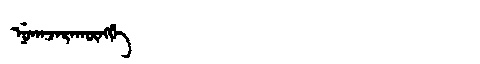
Manchu: ᠨᡠᡴᠠᠵᠠᡵᠠᡴᡡᠩᡤᡝ
Romanization: NUKAJARAKŪNGGE